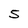
Character: 5